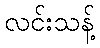
လင်းသန့်